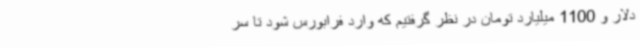
دلار و 1100 میلیارد تومان در نظر گرفتیم که وارد فرابورس شود تا سر